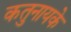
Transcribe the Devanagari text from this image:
कतुनायके